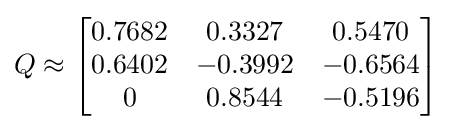
Q\approx {\begin{bmatrix}0.7682&0.3327&0.5470\\0.6402&-0.3992&-0.6564\\0&0.8544&-0.5196\\\end{bmatrix}}